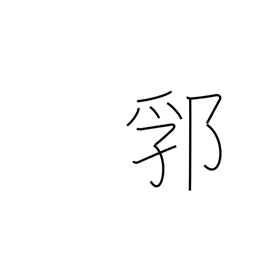
Meaning: earthwork enclosure around a castle